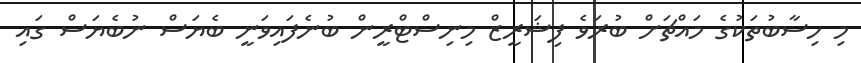
މި ހިސާބުތަކުގެ މައްޗަށް ބުރަވެ ފިޝަރީޒް މިނިސްޓްރީން ބުނެފައިވަނީ ބެޔަސް ނުބެޔަސް ގައި